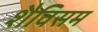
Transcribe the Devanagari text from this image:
शैविसम